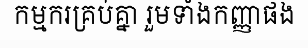
កម្មករគ្រប់គ្នា រួមទាំងកញ្ញាផង